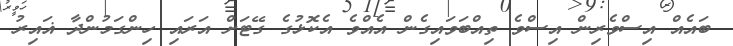
ބައެއް އިސްވެރިން އިސްވެ ތިއްބަވައިގެން އެއްވެ އެކޮޅުގެ ގޭޓަށް އަރައި ހިންގަމުންދާ ޣައިރު